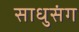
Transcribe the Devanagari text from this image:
साधुसंग